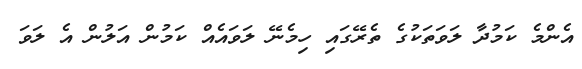
އެންމެ ކަމުދާ ލަވަތަކުގެ ތެރޭގައި ހިމެނޭ ލަވައެއް ކަމުން އަލުން އެ ލަވަ